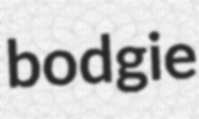
bodgie